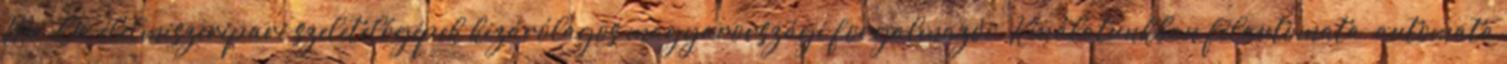
Ma-Ga élelmiszeripari szeletelőgépek kizárólagos magyarországi forgalmazói. Kínálatunkban félautomata, automata